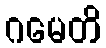
ဂမေတိ